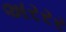
અરરર